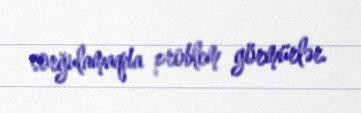
sorğulamaqda problem görmürlər.